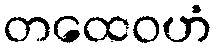
တထေဝဟံ